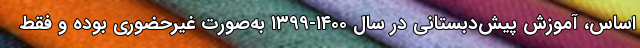
اساس، آموزش پیش‌دبستانی در سال ۱۴۰۰-۱۳۹۹ به‌صورت غیرحضوری بوده و فقط